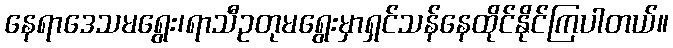
နေရာဒေသမရွေး၊ရာသီဥတုမရွေးမှာရှင်သန်နေထိုင်နိုင်ကြပါတယ်။